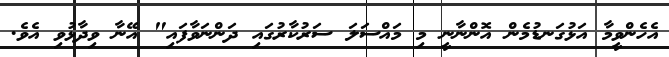
އެހެންވީމާ އަޅުގަނޑުމެން އޮންނާނީ މި މައްސަލަ ސަރުކާރުގައި ދަންނަވާފައި" އޭނާ ވިދާޅުވި އެވެ.